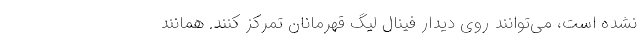
نشده است، می‌توانند روی دیدار فینال لیگ قهرمانان تمرکز کنند. همانند